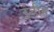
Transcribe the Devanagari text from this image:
इन्हीम